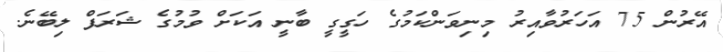
އޭރުން 75 އަހަރުވާއިރު މިނިވަންކަމުގެ ހަގީގީ ބާނީ އަކަށް ވުމުގެ ޝަރަފް ލިބޭނެ.